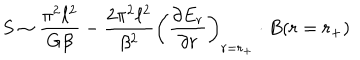
LaTeX: S \sim \frac { \pi ^ { 2 } \ell ^ { 2 } } { G \beta } - \frac { 2 \pi ^ { 2 } \ell ^ { 2 } } { \beta ^ { 2 } } \left( \frac { \partial E _ { r } } { \partial r } \right) _ { r = r _ { + } } \cdot B ( r = r _ { + } )